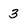
Character: 3